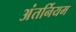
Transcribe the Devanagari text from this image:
अंतर्नियम